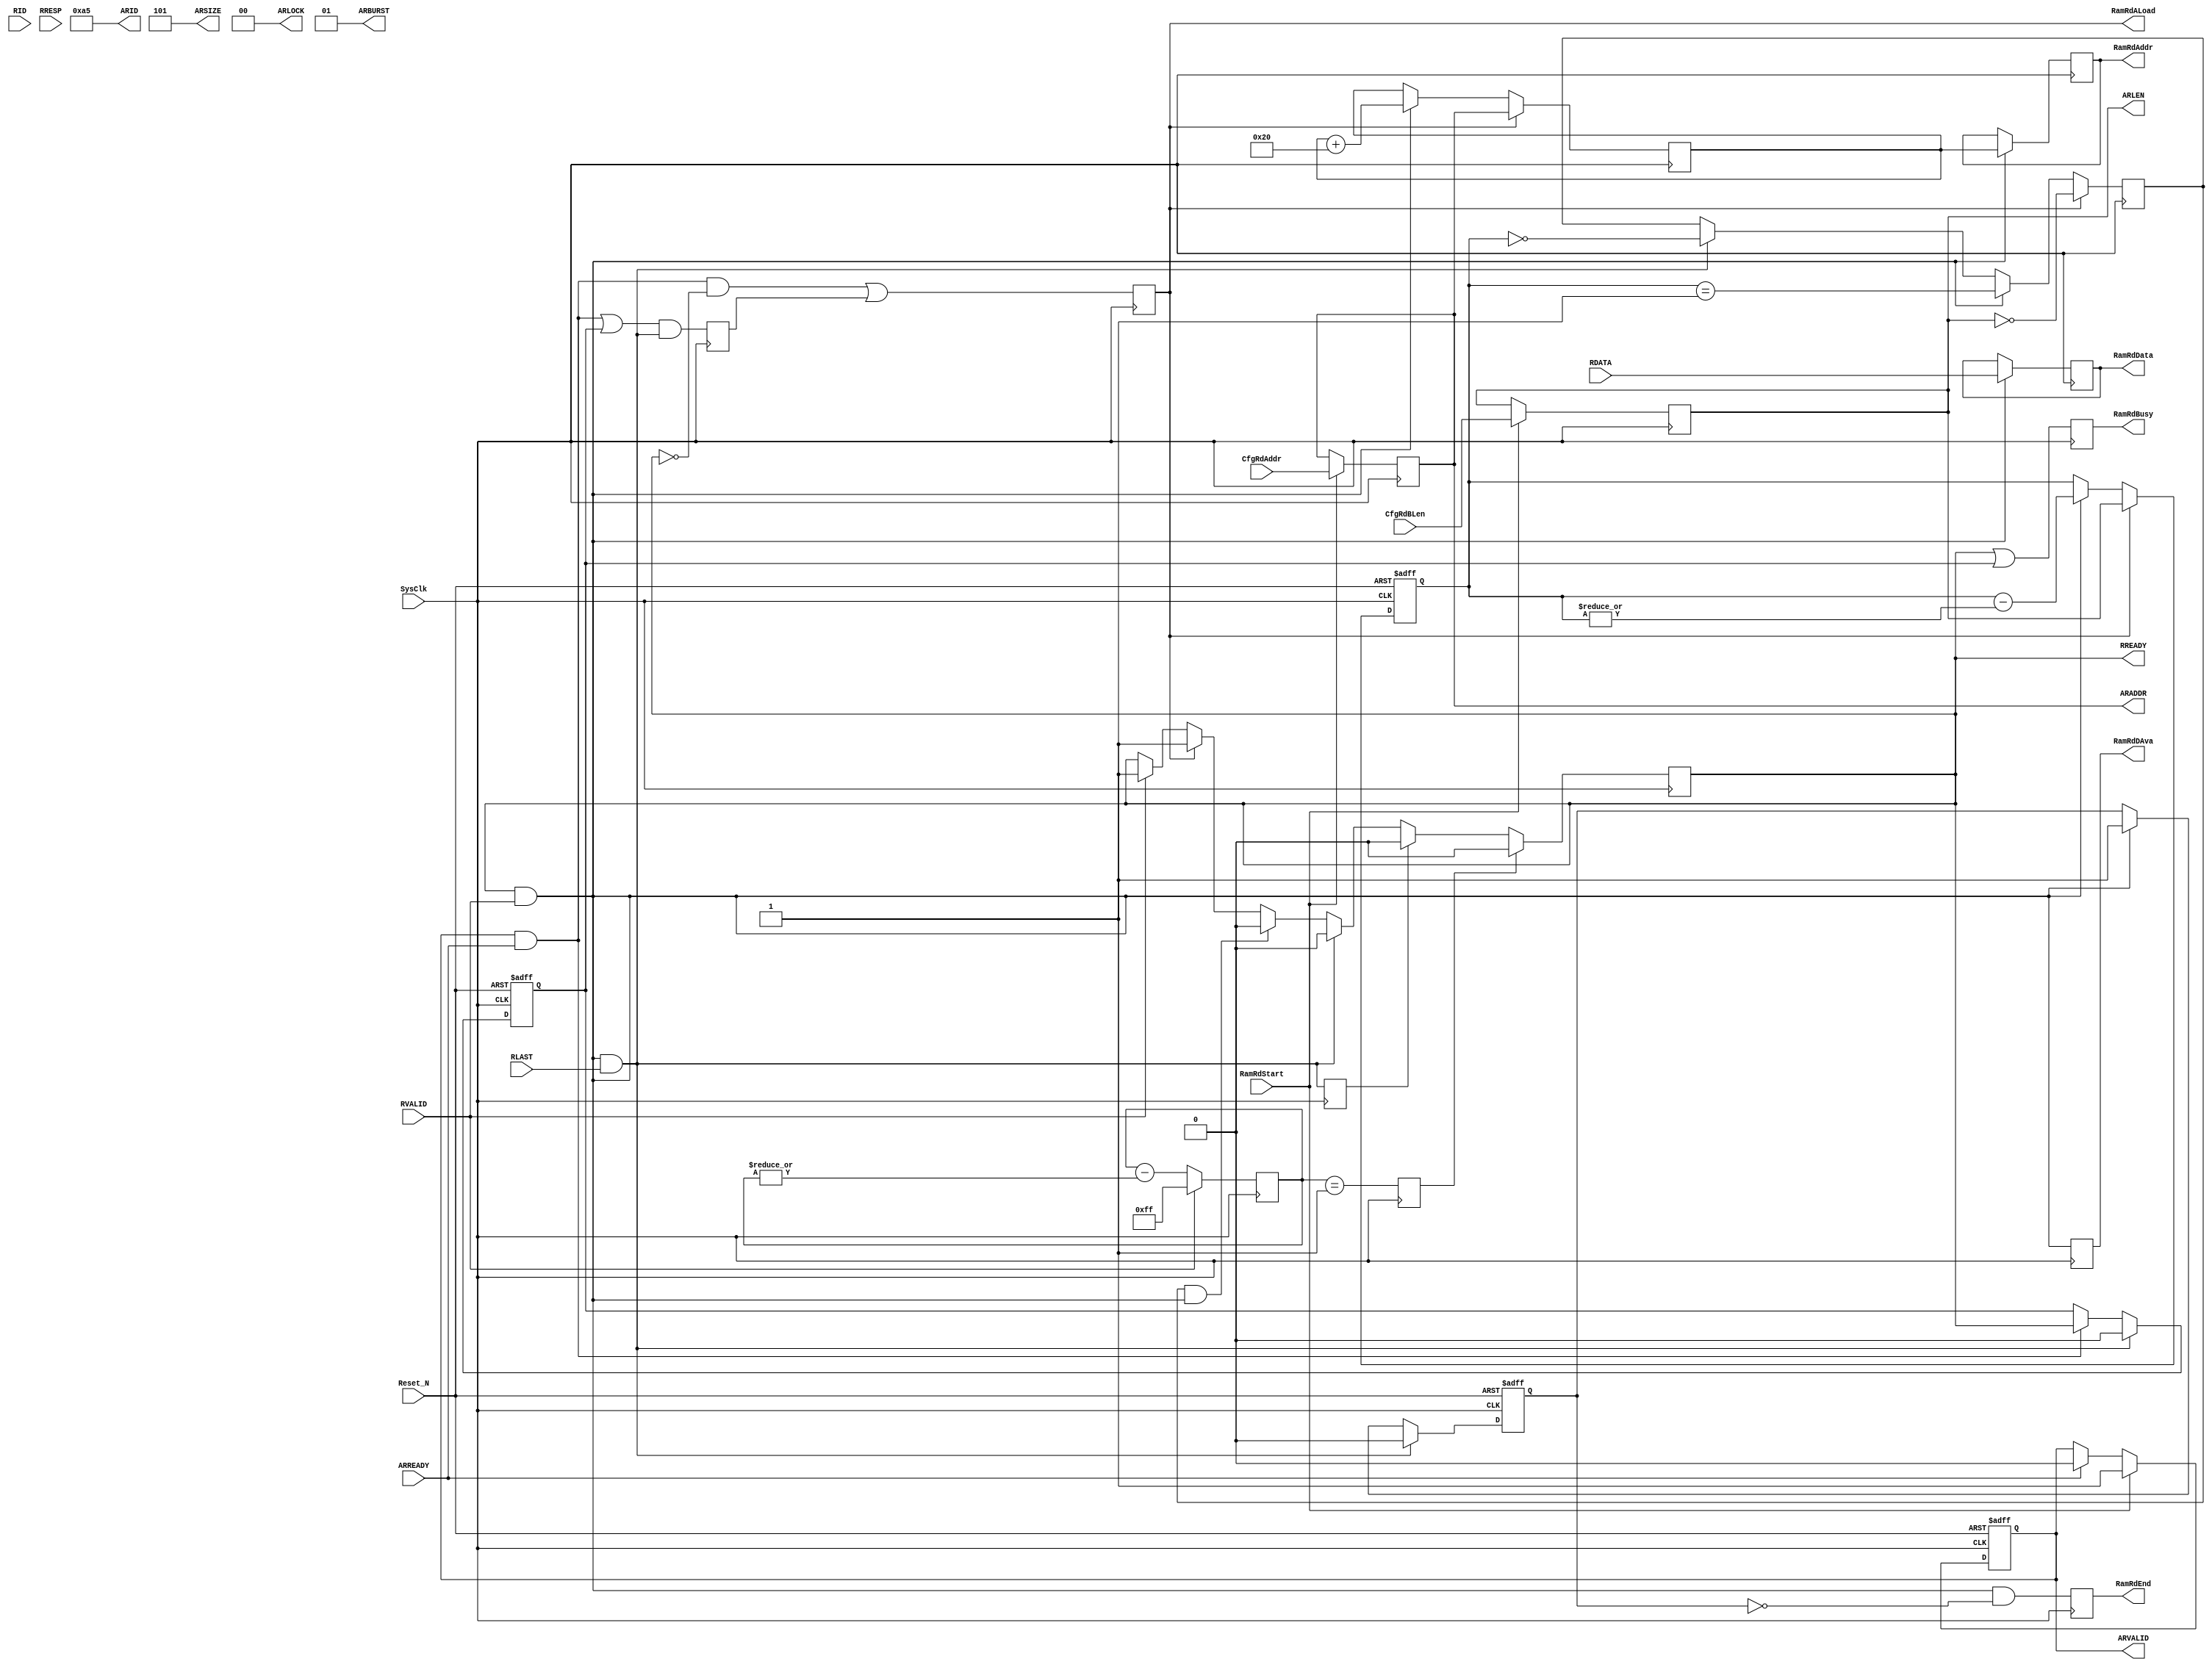
module  DdrRdCtrl #(
  parameter   TCo_C           = 1,

  parameter   AXI_RD_ID       = 8'ha5             ,
  parameter  	AXI_ID_WIDTH		= 8									,
  parameter   AXI_DATA_WIDTH  = 256               ,

  localparam  AXI_BYTE_NUMBER = AXI_DATA_WIDTH/8  ,
  localparam  AXI_DATA_SIZE   = $clog2(AXI_BYTE_NUMBER) ,  
  
  localparam  ADW_C           = AXI_DATA_WIDTH    ,
  localparam  ABN_C           = AXI_BYTE_NUMBER   


)
(
  /////////////////////////////////////////////////////////

  //Define Port
  /////////////////////////////////////////////////////////
  //System Signal
  input   wire		      	SysClk    ,     //System Clock
  input   wire		      	Reset_N   ,     //System Reset

  /////////////////////////////////////////////////////////
  //Operate Control & State
  input               		RamRdStart  , //(I)[DdrRdCtrl]Ram Read Start
  output  reg       		RamRdEnd    , //(O)[DdrRdCtrl]Ram Read End
  output  reg [     31:0] 	RamRdAddr   , //(O)[DdrRdCtrl]Ram Read Addrdss
  output  reg        		RamRdDAva   , //(O)[DdrRdCtrl]Ram Read Available
  output  reg           	RamRdBusy   , //(O)Ram Read Busy
  output              		RamRdALoad  , //(O)Ram Read Address Load
  output  reg [ADW_C-1:0] 	RamRdData   , //(O)[DdrRdCtrl]Ram Read Data

  /////////////////////////////////////////////////////////
  //Config DDR & AXI Operate Parameter
  input   [     31:0] 		CfgRdAddr   , //(I)[DdrRdCtrl]Config Read Start Address
  input   [      7:0] 		CfgRdBLen   , //(I)[DdrRdCtrl]Config Read Burst Length

  /////////////////////////////////////////////////////////
  //Axi4 Read Address & Data Bus
  output  [AXI_ID_WIDTH-1:0] 		ARID        , //(I)[RdAddr]Read address ID. This signal is the identification tag for the read address group of signals.
  output  [     31:0] 		ARADDR      , //(I)[RdAddr]Read address. The read address gives the address of the first transfer in a read burst transaction.
  output  [      7:0] 		ARLEN       , //(I)[RdAddr]Burst length. This signal indicates the exact number of transfers in a burst.
  output  [      2:0] 		ARSIZE      , //(I)[RdAddr]Burst size. This signal indicates the size of each transfer in the burst.
  output  [      1:0] 		ARBURST     , //(I)[RdAddr]Burst type. The burst type and the size information determine how the address for each transfer within the burst is calculated.
  output  [      1:0] 		ARLOCK      , //(I)[RdAddr]Lock type. This signal provides additional information about the atomic characteristics of the transfer.
  output              		ARVALID     , //(I)[RdAddr]Read address valid. This signal indicates that the channel is signaling valid read address and control information.
  input               		ARREADY     , //(O)[RdAddr]Read address ready. This signal indicates that the slave is ready to accept an address and associated control signals.
  /////////////       		       
  input   [AXI_ID_WIDTH-1:0] 		RID         , //(O)[RdData]Read ID tag. This signal is the identification tag for the read data group of signals generated by the slave.
  input   [      1:0] 		RRESP       , //(O)[RdData]Read response. This signal indicates the status of the read transfer.
  input               		RLAST       , //(O)[RdData]Read last. This signal indicates the last transfer in a read burst.
  input               		RVALID      , //(O)[RdData]Read valid. This signal indicates that the channel is signaling the required read data.
  output              		RREADY      , //(I)[RdData]Read ready. This signal indicates that the master can accept the read data and response information.
  input   [ADW_C-1:0] 		RDATA        //(O)[RdData]Read data.

);

  //Define  Parameter
  /////////////////////////////////////////////////////////
  reg   [7 :0]  RdBurstLen  = 8'h0;
  reg   [31:0]  RdStartAddr = 32'h0;
  reg     		AddrValid = 1'h0; //(I)[RdAddr]Read address valid. This signal indicates that the channel is signaling valid read address and control information.
  reg 	  	  	DataRdEndReg;
  reg 	[7:0] 	RdBurstCnt      = 8'h0;
  reg 	      	DataRdLastFlag  = 1'h0;
  reg 	[7:0] 	DataRdTimeOut   = 8'hff ;
  reg 	      	DataRdReadyClr  = 1'h0  ;
  reg   		DataRdAddrAva     = 1'h0;
  reg   		DataRdNextBrst    = 1'h0;
  reg   		DataRdStart       = 1'h0;
  reg   		DataRdReady = 1'h0; 

  /////////////////////////////////////////////////////////
  /////////////////////////////////////////////////////////
  assign  ARID    = AXI_RD_ID     ; //(I)[RdAddr]Read address ID. This signal is the identification tag for the read address group of signals.
  assign  ARADDR  = RdStartAddr   ; //(I)[RdAddr]Read address. The read address gives the address of the first transfer in a read burst transaction.
  assign  ARLEN   = RdBurstLen    ; //(I)[RdAddr]Burst length. This signal indicates the exact number of transfers in a burst.
  assign  ARSIZE  = AXI_DATA_SIZE ; //(I)[RdAddr]Burst size. This signal indicates the size of each transfer in the burst.
  assign  ARBURST = 2'b01         ; //(I)[RdAddr]Burst type. The burst type and the size information determine how the address for each transfer within the burst is calculated.
  assign  ARLOCK  = 2'h00         ; //(I)[RdAddr]Lock type. This signal provides additional information about the atomic characteristics of the transfer.
  assign  ARVALID = AddrValid     ; //(I)[RdAddr]Read address valid. This signal indicates that the channel is signaling valid read address and control information.
//  assign  RID 		= AXI_RD_ID     ; //(O)[RdData]Read ID tag. This signal is the identification tag for the read data group of signals generated by the slave.
  wire  [     1:0]   DataRdResp  = RRESP   ; //(O)[RdData]Read response. This signal indicates the status of the read transfer.
  wire               DataRdLast  = RLAST   ; //(O)[RdData]Read last. This signal indicates the last transfer in a read burst.
  wire               DataRdValid = RVALID  ; //(O)[RdData]Read valid. This signal indicates that the channel is signaling the required read data.
  wire  [ADW_C-1:0]  DataRdData  = RDATA   ; //(O)[RdData]Read data.
  assign  RREADY  = DataRdReady ; //(I)[RdData]Read ready. This signal indicates that the master can accept the read data and response information.

//1111111111111111111111111111111111111111111111111111111
//  Process AXI Operate Parameter
//  Input
//  output
//***************************************************/

  /////////////////////////////////////////////////////////
  wire  AddrReady = ARREADY;

  /////////////////////////////////////////////////////////
  

  always @( posedge SysClk)   if(RamRdStart)  RdBurstLen    <=   CfgRdBLen;
  always @( posedge SysClk)   if(RamRdStart)  RdStartAddr   <=   CfgRdAddr;

  /////////////////////////////////////////////////////////
  
  always @( posedge SysClk or negedge Reset_N)
  begin
    if (!Reset_N)         AddrValid <=  1'h0;
    else if (RamRdStart)  AddrValid <=  1'h1;
    else if (AddrReady)   AddrValid <=  1'h0;
  end

  wire AddrRdEn = (AddrValid & AddrReady);

  
//1111111111111111111111111111111111111111111111111111111



//22222222222222222222222222222222222222222222222222222
  /////////////////////////////////////////////////////////
  

  wire  DataRdEn    = DataRdReady & DataRdValid;
  wire  DataRdEnd   = DataRdReady & DataRdValid & DataRdLast;

  /////////////////////////////////////////////////////////
  
  always @( posedge SysClk or negedge Reset_N)
  begin
    if (~Reset_N)       DataRdAddrAva <=  1'h0;
    else if (DataRdEnd) DataRdAddrAva <=  1'h0;
    else if (AddrRdEn)  DataRdAddrAva <=  DataRdReady;
  end

  always @( posedge SysClk)  DataRdNextBrst <=  (AddrRdEn | DataRdAddrAva ) & DataRdEnd;
  always @( posedge SysClk)  DataRdStart    <=  (AddrRdEn & (~DataRdReady)) | DataRdNextBrst;

  assign  RamRdALoad =  DataRdStart; //(O)Ram Read Address Load;

  /////////////////////////////////////////////////////////
  

  always @( posedge SysClk)
  begin
    if (DataRdValid)  DataRdTimeOut <=  8'hff;
    else              DataRdTimeOut <=  DataRdTimeOut - {7'h0, (|DataRdTimeOut)};
  end

  always @( posedge SysClk)  DataRdReadyClr <=  (DataRdTimeOut == 5'h1);

  /////////////////////////////////////////////////////////
  

  always @( posedge SysClk or negedge Reset_N)
  begin
    if (! Reset_N)          RdBurstCnt <=  8'h0;
    else if (DataRdStart)   RdBurstCnt <=  RdBurstLen;
    else if (DataRdEn)      RdBurstCnt <=  RdBurstCnt - {7'h0,(|RdBurstCnt)};
  end

  always @( posedge SysClk)
  begin
    if (DataRdStart)    DataRdLastFlag <=  (RdBurstLen == 8'h0);
    else if (DataRdEn)  DataRdLastFlag <=  (RdBurstCnt == 8'h1);
    else if (DataRdEnd) DataRdLastFlag <=  (RdBurstCnt == 8'h0);
  end

  wire  DataRdEndFlag = DataRdLastFlag & DataRdEn;

  /////////////////////////////////////////////////////////
  
  
  always @( posedge SysClk)  DataRdEndReg <=  DataRdEnd;
  
  
  /////////////////////////////////////////////////////////
  always @( posedge SysClk )//or negedge Reset_N)
  begin
//    if (!Reset_N)             DataRdReady  <=  1'h0;
//    else 
    if (DataRdReadyClr)  DataRdReady  <=  1'h0;
    else if (DataRdEndReg)    DataRdReady  <=  1'h0;
    else if (DataRdEnd  )     DataRdReady  <=  1'h0;
    else if (DataRdEndFlag)   DataRdReady  <=  1'h0;
    else if (DataRdStart)     DataRdReady  <=  1'h1;
    else if (DataRdValid)     DataRdReady  <=  1'h1;
  end

  /////////////////////////////////////////////////////////

//22222222222222222222222222222222222222222222222222222




//3333333333333333333333333333333333333333333333333333333

  /////////////////////////////////////////////////////////
  wire [7:0]   RdByteNum =  AXI_BYTE_NUMBER ;
  reg  [31:0]  RdAddrCnt = 32'h0  ; //(O)[DdrRdCtrl]Ram Read Addrdss

  always @( posedge SysClk)
  begin
    if (DataRdStart)    RdAddrCnt <=  RdStartAddr;
    else  if (DataRdEn) RdAddrCnt <=  RdAddrCnt + {24'h0,RdByteNum};
  end

  /////////////////////////////////////////////////////////

  always @( posedge SysClk)   RamRdBusy <= DataRdReady | DataRdAddrAva;

  /////////////////////////////////////////////////////////
  reg   DataRdBusy = 1'h0;

  always @( posedge SysClk or negedge Reset_N)
  begin
  	if( !Reset_N ) 			DataRdBusy <=  1'h0;
    else if (DataRdEnd) DataRdBusy <=  1'h0;
    else if (DataRdEn)  DataRdBusy <=  1'h1;
  end

  /////////////////////////////////////////////////////////
  
  always @( posedge SysClk)  RamRdEnd  <=  DataRdEn & (~DataRdBusy) ;   //(O)[DdrRdCtrl]Ram Read End

  /////////////////////////////////////////////////////////
  
  always @( posedge SysClk)                 RamRdDAva <=  DataRdEn   ; //(O)[DdrRdCtrl]Ram Read Available
  always @( posedge SysClk)  if (DataRdEn)  RamRdData <=  DataRdData ; //(O)[DdrRdCtrl]Ram Read Data
  always @( posedge SysClk)  if (DataRdEn)  RamRdAddr <=  RdAddrCnt  ; //(O)[DdrRdCtrl]Ram Read Addrdss

//3333333333333333333333333333333333333333333333333333333

endmodule